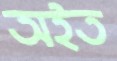
অইত